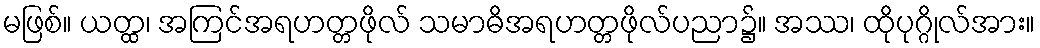
မဖြစ်။ ယတ္ထ၊ အကြင်အရဟတ္တဖိုလ် သမာဓိအရဟတ္တဖိုလ်ပညာ၌။ အဿ၊ ထိုပုဂ္ဂိုလ်အား။